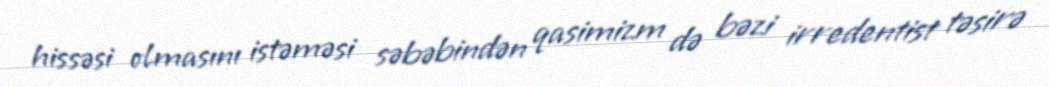
hissəsi olmasını istəməsi səbəbindən qasimizm də bəzi irredentist təsirə